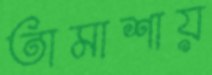
তামাশায়